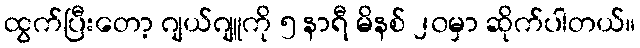
ထွက်ပြီးတော့ ဂျယ်ဂျူကို ၅ နာရီ မိနစ် ၂၀မှာ ဆိုက်ပါတယ်။